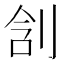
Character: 㓧